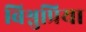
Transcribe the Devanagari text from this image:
बिश्नुप्रिया